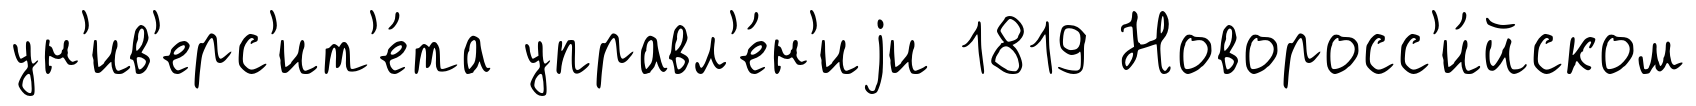
ун'ив'ерс'ит'е́та управл'е́н'иjи 1819 Новоросс'и́йском